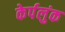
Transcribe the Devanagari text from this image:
केर्पलुंक